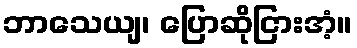
ဘာသေယျ၊ ပြောဆိုငြားအံ့။